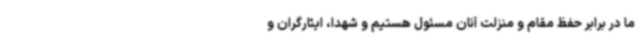
ما در برابر حفظ مقام و منزلت آنان مسئول هستیم و شهدا، ایثارگران و